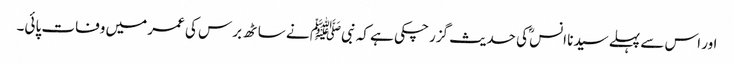
اور اس سے پہلے سیدنا انسؓ کی حدیث گزر چکی ہے کہ نبیﷺ نے ساٹھ برس کی عمر میں وفات پائی۔